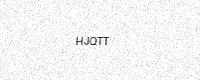
Text: HJQTT